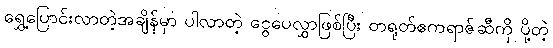
ရွှေ့ပြောင်းလာတဲ့အချိန်မှာ ပါလာတဲ့ ငွေပေလွှာဖြစ်ပြီး တရုတ်ဧကရာဇ်ဆီကို ပို့တဲ့